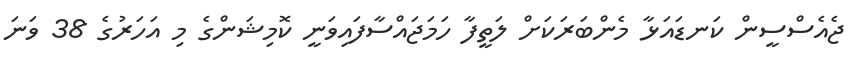
ޖެއެސްސީން ކަނޑައަޅާ މެންބަރަކަށް ލަތީފާ ހަމަޖައްސާފައިވަނީ ކޮމިޝަންގެ މި އަހަރުގެ 38 ވަނަ